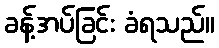
ခန့်အပ်ခြင်း ခံရသည်။